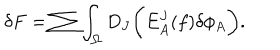
\delta F = \sum \int _ { \Omega } D _ { J } \biggl ( E _ { A } ^ { J } ( f ) \delta \phi _ { A } \biggr ) .